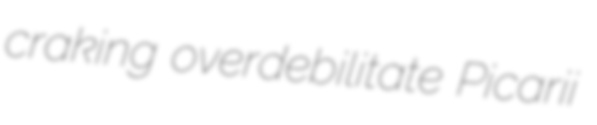
craking overdebilitate Picarii